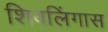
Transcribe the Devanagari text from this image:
शिवलिंगास